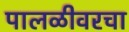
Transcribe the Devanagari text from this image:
पालळीवरचा